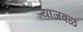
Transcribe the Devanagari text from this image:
याजवळ